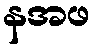
နအဖ